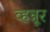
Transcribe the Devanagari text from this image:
व्हन्नूर